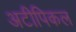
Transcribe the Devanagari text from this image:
अटीपिकल